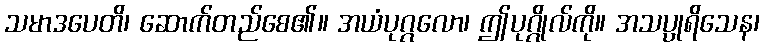
သမာဒပေတိ၊ ဆောက်တည်စေ၏။ အယံပုဂ္ဂလော၊ ဤပုဂ္ဂိုလ်ကို။ အသပ္ပုရိသေန၊